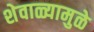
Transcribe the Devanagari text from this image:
शेवाळ्यामुळे